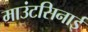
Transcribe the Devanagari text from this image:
माउंटसिनाई